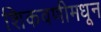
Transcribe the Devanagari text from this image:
शिकवणीमधून